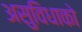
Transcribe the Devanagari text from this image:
असुविधाको